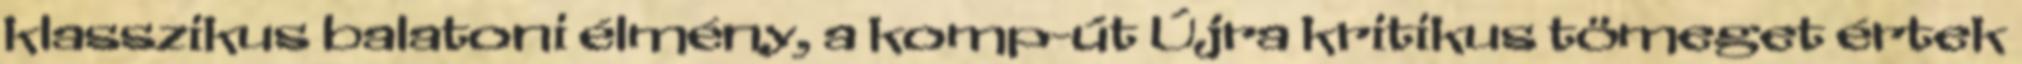
klasszikus balatoni élmény, a komp-út Újra kritikus tömeget értek